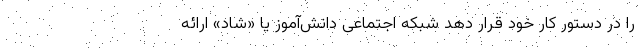
را در دستور کار خود قرار دهد شبکه اجتماعی دانش‌آموز یا «شاد» ارائه